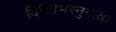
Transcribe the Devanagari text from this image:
विधिभिरनुनीता